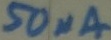
Text: 50µA